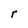
Character: r